Report of the Indian Hemp Drugs Commission, 1894-1895 - Volume V
Year: 1894
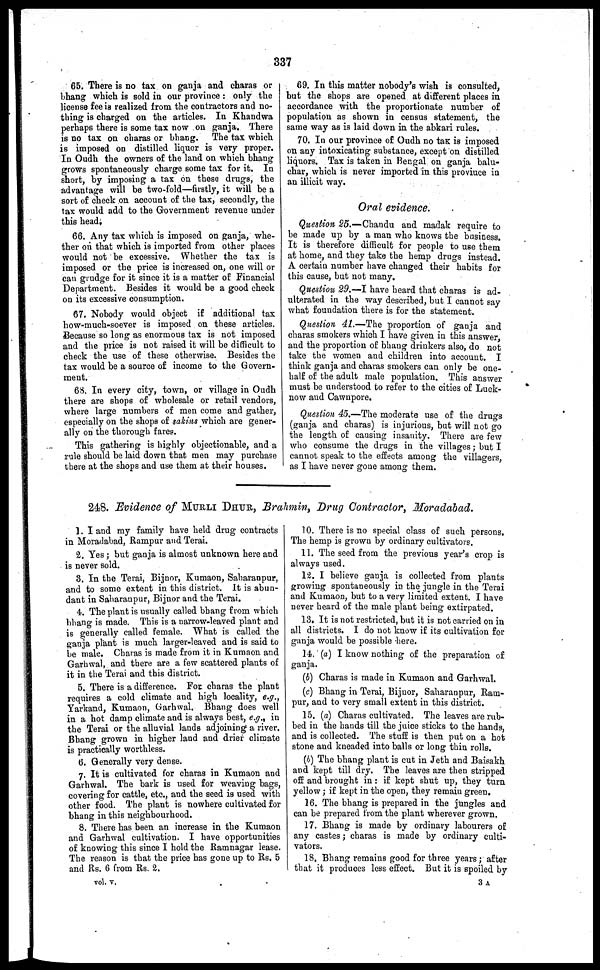
337
65. There is no tax on ganja and charas or
bhang which is sold in our province : only the
license fee is realized from the contractors and no-
thing is charged on the articles. In Khandwa
perhaps there is some tax now on ganja. There
is no tax on charas or bhang. The tax which
is imposed on distilled liquor is very proper.
In Oudh the owners of the land on which bhang
grows spontaneously charge some tax for it. In
short, by imposing a tax on these drugs, the
advantage will be two-fold—firstly, it will be a
sort of check on account of the tax, secondly, the
tax would add to the Government revenue under
this head.
66. Any tax which is imposed on ganja, whe-
ther on that which is imported from other places
would not be excessive. Whether the tax is
imposed or the price is increased on, one will or
can grudge for it since it is a matter of Financial
Department. Besides it would be a good check
on its excessive consumption.
67. Nobody would object if additional tax
how-much-soever is imposed on these articles.
Because so long as enormous tax is not imposed
and the price is not raised it will be difficult to
check the use of these otherwise. Besides the
tax would be a source of income to the Govern-
ment.
68. In every city, town, or village in Oudh
there are shops of wholesale or retail vendors,
where large numbers of men come and gather,
especially on the shops of sakins which are gener-
ally on the thorough fares.
This gathering is highly objectionable, and a
rule should be laid down that men may purchase
there at the shops and use them at their houses.
69. In this matter nobody's wish is consulted,
but the shops are opened at different places in
accordance with the proportionate number of
population as shown in census statement, the
same way as is laid down in the abkari rules.
70. In our province of Oudh no taK is imposed
on any intoxicating substance, except on distilled
liquors. Tax is taken in Bengal on ganja balu-
char, which is never imported in this province in
an illicit way.
Oral evidence.
Question 25.—Chandu and madak require to
be made up by a man who knows the business.
It is therefore difficult for people to use them
at home, and they take the hemp drugs instead.
A certain number have changed their habits for
this cause, but not many.
Question 29.—I have heard that charas is ad-
ulterated in the way described, but I cannot say
what foundation there is for the statement.
Question 41.—The proportion of ganja and
charas smokers which I have given in this answer
and the proportion of bhang drinkers also, do not
take the women and children into account. I
think ganja and charas smokers can only be one-
half of the adult male population. This answer
must be understood to refer to the cities of Luck-
now and Cawnpore.
Question 45.—The moderate use of the drugs
(ganja and charas) is injurious, but will not go
the length of causing insanity. There are few
who consume the drugs in the villages ; but I
cannot speak to the effects among the villagers,
as I have never gone among them.
248. Evidence of MURLI DHUR, Brahmin, Drug Contractor, Moradabad.
1. I and my family have held drug contracts
in Moradabad, Rampur and Terai.
2. Yes ; but ganja is almost unknown here and
is never sold.
3. In the Terai, Bijnor, Kumaon, Saharanpur,
and to some extent in this district. It is abun-
dant in Saharanpur, Bijnor and the Terai.
4. The plant is usually called bhang from which
bhang is made. This is a narrow-leaved plant and
is generally called female. What is called the
ganja plant is much larger-leaved and is said to
be male. Charas is made from it in Kumaon and
Garhwal, and there are a few scattered plants of
it in the Terai and this district.
5. There is a difference. For charas the plant
requires a cold climate and high locality, e.g.,
Yarkand, Kumaon, Garhwal. Bhang does well
in a hot damp climate and is always best, e.g., in
the Terai or the alluvial lands adjoining a river.
Bhang grown in higher laud and drier climate
is practically worthless.
6. Generally very dense.
7. It is cultivated for charas in Kumaon and
Garhwal. The bark is used for weaving bags,
covering for cattle, etc., and the seed is used with
other food. The plant is nowhere cultivated for
bhang in this neighbourhood.
8. There has been an increase in the Kumaon
and Garhwal cultivation. I have opportunities
of knowing this since I hold the Ramnagar lease.
The reason is that the price has gone up to Rs. 5
and Rs. 6 from Rs. 2.
vol. v.
10. There is no special class of such persons.
The hemp is grown by ordinary cultivators.
11. The seed from the previous year's crop is
always used.
12. I believe ganja is collected from plants
growing spontaneously in the jungle in the Terai
and Kumaon, bub to a very limited extent. I have
never heard of the male plant being extirpated.
13. It is not restricted, but it is not carried on in
all districts. I do not know if its cultivation for
ganja would be possible here.
14. (a) I know nothing of the preparation of
ganja.
(b) Charas is made in Kumaon and Garhwal.
(c) Bhang in Terai, Bijnor, Saharanpur, Ram-
pur, and to very small extent in this district.
15. (a) Charas cultivated. The leaves are rub-
bed in the hands till the juice sticks to the hands,
and is collected. The stuff is then put on a hot
stone and kneaded into balls or long thin rolls.
(b) The bhang plant is cut in Jeth and Baisakh
and kept till dry. The leaves are then stripped
off and brought in : if kept shut up, they turn
yellow ; if kept in the open, they remain green.
16. The bhang is prepared in the jungles and
can be prepared from the plant wherever grown.
17. Bhang is made by ordinary labourers of
any castes ; charas is made by ordinary culti-
vators.
18. Bhang remains good for three years ; after
that it produces less effect. But it is spoiled by
3 A